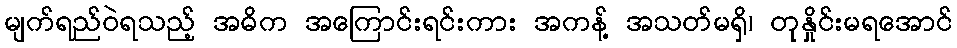
မျက်ရည်ဝဲရသည့် အဓိက အကြောင်းရင်းကား အကန့် အသတ်မရှိ၊ တုနှိုင်းမရအောင်